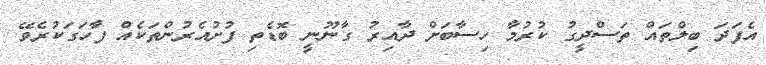
އެފަދަ ބިލްތައް ތަސްދީގު ކުރުމާ ހިސާބަށް ދާއިރު ގާނޫނީ ބޮޑެތި ފުށުއެރުންތަކެއް ފާހަގަކުރެވޭ.